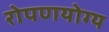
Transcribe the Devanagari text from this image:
रोपणयोग्य